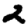
Digit: 2